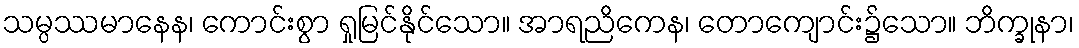
သမ္ပဿမာနေန၊ ကောင်းစွာ ရှုမြင်နိုင်သော။ အာရညိကေန၊ တောကျောင်း၌သော။ ဘိက္ခုနာ၊